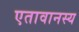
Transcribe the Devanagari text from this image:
एतावानस्य